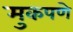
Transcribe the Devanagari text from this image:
मुकपणे